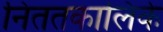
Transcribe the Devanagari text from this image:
निततकालिके